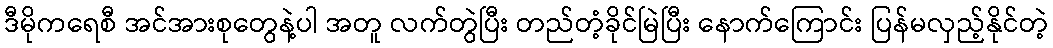
ဒီမိုကရေစီ အင်အားစုတွေနဲ့ပါ အတူ လက်တွဲပြီး တည်တံ့ခိုင်မြဲပြီး နောက်ကြောင်း ပြန်မလှည့်နိုင်တဲ့